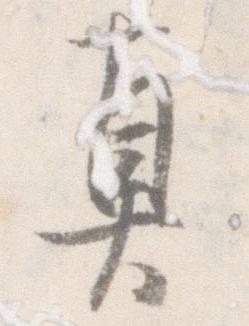
真